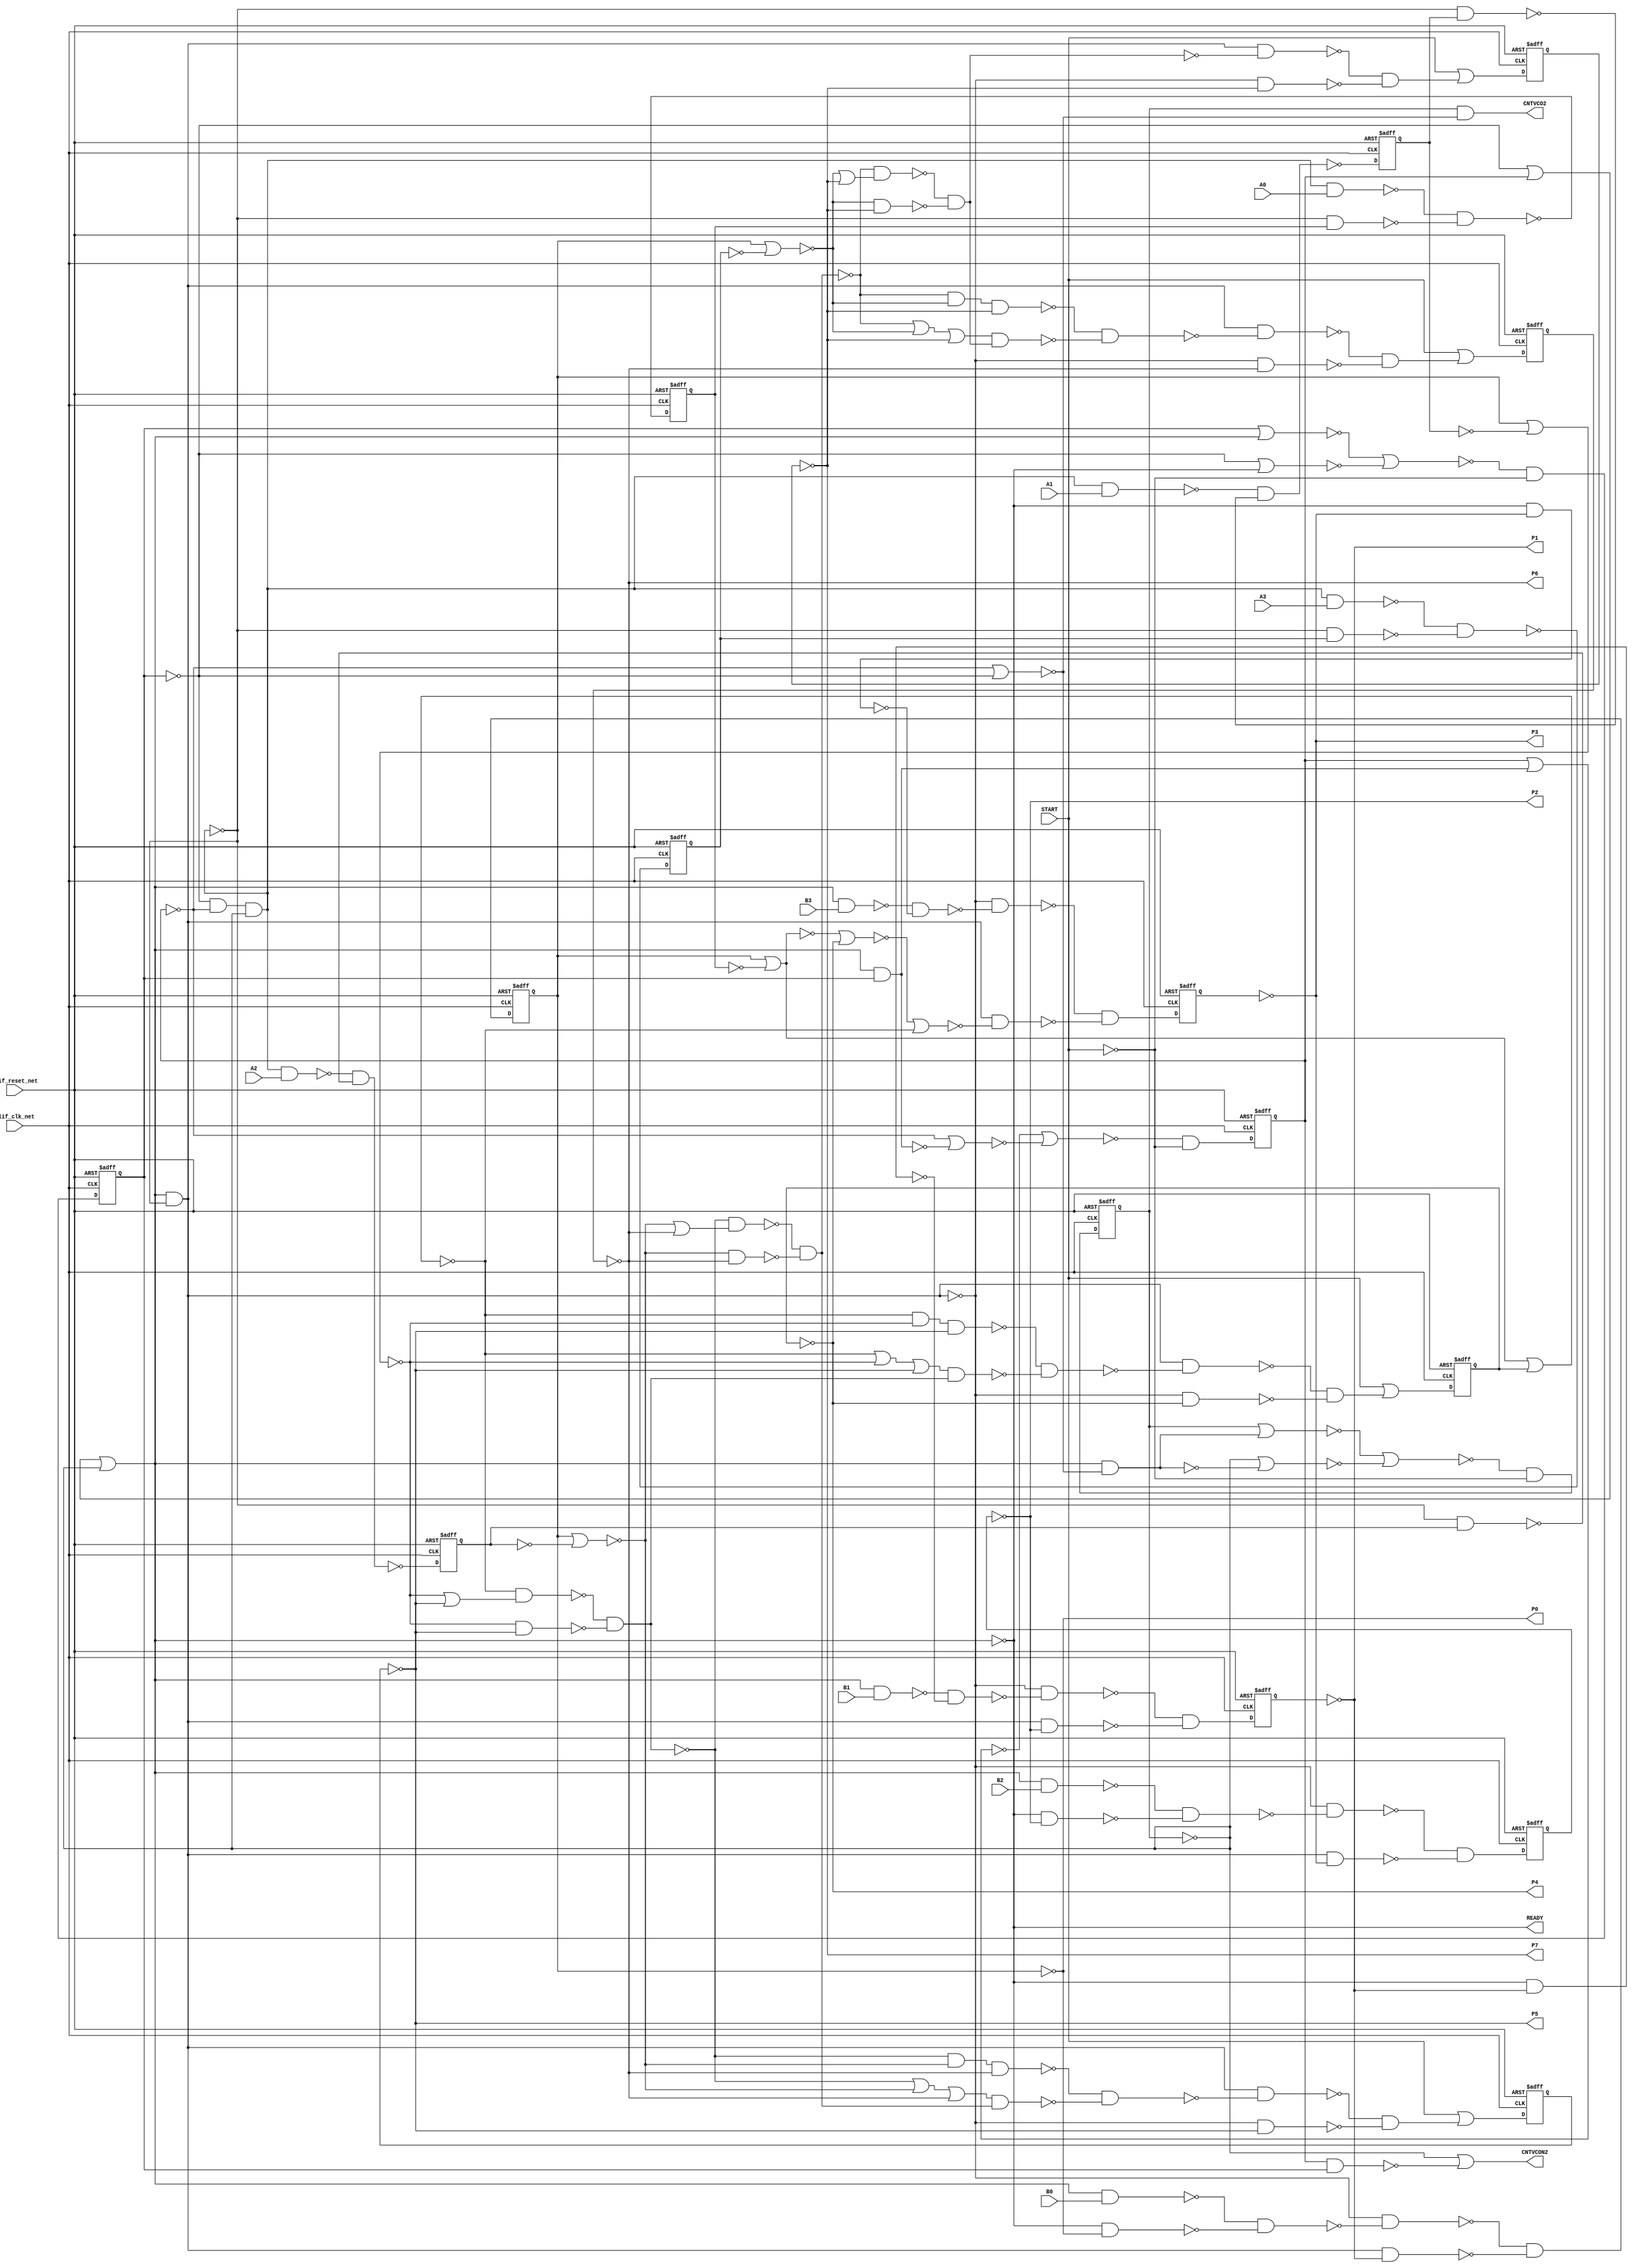
module s349_bench(
  blif_clk_net,
  blif_reset_net,
  START,
  B0,
  B1,
  B2,
  B3,
  A0,
  A1,
  A2,
  A3,
  CNTVCO2,
  CNTVCON2,
  READY,
  P0,
  P1,
  P2,
  P3,
  P4,
  P5,
  P6,
  P7);
input blif_clk_net;
input blif_reset_net;
input START;
input B0;
input B1;
input B2;
input B3;
input A0;
input A1;
input A2;
input A3;
output CNTVCO2;
output CNTVCON2;
output READY;
output P0;
output P1;
output P2;
output P3;
output P4;
output P5;
output P6;
output P7;
reg CT2;
reg CT1;
reg CT0;
reg ACVQN3;
reg ACVQN2;
reg ACVQN1;
reg ACVQN0;
reg MRVQN3;
reg MRVQN2;
reg MRVQN1;
reg MRVQN0;
reg AX3;
reg AX2;
reg AX1;
reg AX0;
wire ADDVG2VSN;
wire BMVG4VS0P;
wire SMVG4VX;
wire S0;
wire SMVG3VG1VAD1NF;
wire AMVG3VG1VAD2NF;
wire AMVG5VG1VAD2NF;
wire ADDVC3;
wire ADDVG2VCNVAD1NF;
wire MRVG2VD;
wire ACVG4VD1;
wire IINIIT;
wire BMVG4VX;
wire ADDVG4VCNVAD3NF;
wire ADDVG4VSN;
wire CNTVG2VG2VOR1NF;
wire ADDVG4VCNVOR1NF;
wire BMVG2VG1VAD2NF;
wire SMVG3VX;
wire AMVG4VS0P;
wire AMVG4VG1VAD1NF;
wire AMVG2VX;
wire SMVG5VG1VAD2NF;
wire AD3N;
wire MRVG3VD;
wire CNTVG1VG2VOR1NF;
wire AD0N;
wire CNTVG1VD;
wire AMVG2VG1VAD1NF;
wire ADDVC1;
wire CNTVCON1;
wire MRVG1VDVAD2NF;
wire BMVG3VX;
wire SMVG5VX;
wire ADDVG2VCNVAD4NF;
wire ADDVG4VCNVAD1NF;
wire ADDVG1VPVOR1NF;
wire ADDVG2VCNVOR1NF;
wire AMVG2VS0P;
wire SMVG5VS0P;
wire AM2;
wire SM1;
wire SM0;
wire CNTVG2VZ1;
wire BMVG5VG1VAD2NF;
wire BM0;
wire SMVG2VS0P;
wire BMVG3VS0P;
wire AMVG5VG1VAD1NF;
wire AMVG2VG1VAD2NF;
wire SMVG4VG1VAD2NF;
wire ADDVG1VP;
wire ADDVG3VCNVAD3NF;
wire AMVG4VX;
wire AMVG5VS0P;
wire MRVG3VDVAD2NF;
wire MRVSHLDN;
wire AD1;
wire ADDVG3VCNVAD2NF;
wire AMVG3VX;
wire AMVG3VG1VAD1NF;
wire AD3;
wire BMVG2VS0P;
wire SM2;
wire BM3;
wire SMVG2VX;
wire ADDVG2VCNVAD3NF;
wire MRVG4VDVAD1NF;
wire ACVG2VD1;
wire BMVG4VG1VAD1NF;
wire SMVG2VG1VAD1NF;
wire BMVG5VX;
wire ADDVG4VCNVOR2NF;
wire SMVS0N;
wire CNTVG3VD;
wire CNTVG3VZ;
wire S1;
wire ADDVG3VCNVAD1NF;
wire AD2N;
wire CNTVG2VZ;
wire BMVG2VX;
wire AMVG5VX;
wire ADDVC2;
wire ADDVG1VCN;
wire AD2;
wire AM3;
wire CNTVG3VZ1;
wire AM0;
wire CNTVG1VZ1;
wire CNTVG2VD1;
wire ACVPCN;
wire SMVG5VG1VAD1NF;
wire S3;
wire ADDVG3VCN;
wire AD1N;
wire CNTVG3VG2VOR1NF;
wire CNTVG2VD;
wire SMVG3VS0P;
wire MRVG2VDVAD1NF;
wire CNTVG3VD1;
wire AMVS0N;
wire CNTVG1VQN;
wire CO;
wire CNTVCO0;
wire BMVG3VG1VAD2NF;
wire ADDVG3VCNVOR1NF;
wire BMVG4VG1VAD2NF;
wire SMVG2VG1VAD2NF;
wire MRVG4VDVAD2NF;
wire ADDVG3VCNVAD4NF;
wire ADDVG4VCNVAD2NF;
wire BMVG5VG1VAD1NF;
wire SMVG3VG1VAD2NF;
wire ADDVG4VCN;
wire BMVG3VG1VAD1NF;
wire AD0;
wire CNTVCON0;
wire CNTVG1VD1;
wire ADDVG3VSN;
wire MRVG2VDVAD2NF;
wire MRVG3VDVAD1NF;
wire CNTVG2VQN;
wire CNTVCO1;
wire CNTVG1VZ;
wire SMVG4VG1VAD1NF;
wire BM1;
wire ADDVG3VCNVOR2NF;
wire READYN;
wire SMVG4VS0P;
wire ADDVG2VCNVOR2NF;
wire ACVG1VD1;
wire CNTVG3VQN;
wire ADDVG2VCN;
wire BMVS0N;
wire MRVG4VD;
wire S2;
wire AMVG4VG1VAD2NF;
wire MRVG1VD;
wire AMVG3VS0P;
wire ADDVG4VCNVAD4NF;
wire ADDVG2VCNVAD2NF;
wire SM3;
wire BMVG5VS0P;
wire MRVG1VDVAD1NF;
wire CT1N;
wire AM1;
wire ACVG3VD1;
wire ADSH;
wire BM2;
wire BMVG2VG1VAD1NF;
always @(posedge blif_clk_net or posedge blif_reset_net)
  if(blif_reset_net == 1)
    CT2 <= 0;
  else
    CT2 <= CNTVG3VD;
always @(posedge blif_clk_net or posedge blif_reset_net)
  if(blif_reset_net == 1)
    CT1 <= 0;
  else
    CT1 <= CNTVG2VD;
always @(posedge blif_clk_net or posedge blif_reset_net)
  if(blif_reset_net == 1)
    CT0 <= 0;
  else
    CT0 <= CNTVG1VD;
always @(posedge blif_clk_net or posedge blif_reset_net)
  if(blif_reset_net == 1)
    ACVQN3 <= 0;
  else
    ACVQN3 <= ACVG4VD1;
always @(posedge blif_clk_net or posedge blif_reset_net)
  if(blif_reset_net == 1)
    ACVQN2 <= 0;
  else
    ACVQN2 <= ACVG3VD1;
always @(posedge blif_clk_net or posedge blif_reset_net)
  if(blif_reset_net == 1)
    ACVQN1 <= 0;
  else
    ACVQN1 <= ACVG2VD1;
always @(posedge blif_clk_net or posedge blif_reset_net)
  if(blif_reset_net == 1)
    ACVQN0 <= 0;
  else
    ACVQN0 <= ACVG1VD1;
always @(posedge blif_clk_net or posedge blif_reset_net)
  if(blif_reset_net == 1)
    MRVQN3 <= 0;
  else
    MRVQN3 <= MRVG4VD;
always @(posedge blif_clk_net or posedge blif_reset_net)
  if(blif_reset_net == 1)
    MRVQN2 <= 0;
  else
    MRVQN2 <= MRVG3VD;
always @(posedge blif_clk_net or posedge blif_reset_net)
  if(blif_reset_net == 1)
    MRVQN1 <= 0;
  else
    MRVQN1 <= MRVG2VD;
always @(posedge blif_clk_net or posedge blif_reset_net)
  if(blif_reset_net == 1)
    MRVQN0 <= 0;
  else
    MRVQN0 <= MRVG1VD;
always @(posedge blif_clk_net or posedge blif_reset_net)
  if(blif_reset_net == 1)
    AX3 <= 0;
  else
    AX3 <= AM3;
always @(posedge blif_clk_net or posedge blif_reset_net)
  if(blif_reset_net == 1)
    AX2 <= 0;
  else
    AX2 <= AM2;
always @(posedge blif_clk_net or posedge blif_reset_net)
  if(blif_reset_net == 1)
    AX1 <= 0;
  else
    AX1 <= AM1;
always @(posedge blif_clk_net or posedge blif_reset_net)
  if(blif_reset_net == 1)
    AX0 <= 0;
  else
    AX0 <= AM0;
assign ADDVG2VSN = ((~ADDVG2VCNVAD4NF)&(~ADDVG2VCNVAD3NF));
assign BMVG4VS0P = ((~BMVS0N));
assign SMVG4VX = ((~SMVG4VG1VAD2NF)&(~SMVG4VG1VAD1NF));
assign S0 = ((~ADDVG1VP));
assign SMVG3VG1VAD1NF = (SMVS0N&P5);
assign AMVG3VG1VAD2NF = (AMVG3VS0P&A1);
assign AMVG5VG1VAD2NF = (AMVG5VS0P&A3);
assign ADDVC3 = ((~ADDVG3VCN));
assign P3 = ((~MRVQN3));
assign ADDVG2VCNVAD1NF = (AD1&P5);
assign MRVG2VD = ((~MRVG2VDVAD2NF)&(~MRVG2VDVAD1NF));
assign ACVG4VD1 = ((~ACVPCN))|((~SM3));
assign IINIIT = ((~CT0)&(~CT1)&(~CT2));
assign BMVG4VX = ((~BMVG4VG1VAD2NF)&(~BMVG4VG1VAD1NF));
assign P5 = ((~ACVQN1));
assign ADDVG4VCNVAD3NF = (ADDVG4VCNVOR2NF&ADDVG4VCN);
assign ADDVG4VSN = ((~ADDVG4VCNVAD4NF)&(~ADDVG4VCNVAD3NF));
assign CNTVG2VG2VOR1NF = (CT1)|(CNTVG2VD1);
assign BMVG2VG1VAD2NF = (BMVG2VS0P&B0);
assign ADDVG4VCNVOR1NF = (AD3)|(P7);
assign SMVG3VX = ((~SMVG3VG1VAD2NF)&(~SMVG3VG1VAD1NF));
assign AMVG4VS0P = ((~AMVS0N));
assign AMVG4VG1VAD1NF = (AMVS0N&AX2);
assign AMVG2VX = ((~AMVG2VG1VAD2NF)&(~AMVG2VG1VAD1NF));
assign P1 = ((~MRVQN1));
assign SMVG5VG1VAD2NF = (SMVG5VS0P&CO);
assign AD3N = ((~P0))|((~AX3));
assign MRVG3VD = ((~MRVG3VDVAD2NF)&(~MRVG3VDVAD1NF));
assign CNTVG1VG2VOR1NF = (CT0)|(CNTVG1VD1);
assign AD0N = ((~P0))|((~AX0));
assign CNTVG1VD = ((~CNTVG1VZ)&(~START));
assign CNTVCON1 = ((~CT1))|((~CNTVCO0));
assign AMVG2VG1VAD1NF = (AMVS0N&AX0);
assign ADDVC1 = ((~ADDVG1VCN));
assign MRVG1VDVAD2NF = (MRVSHLDN&BM0);
assign BMVG3VX = ((~BMVG3VG1VAD2NF)&(~BMVG3VG1VAD1NF));
assign SMVG5VX = ((~SMVG5VG1VAD2NF)&(~SMVG5VG1VAD1NF));
assign ADDVG2VCNVAD4NF = (ADDVC1&AD1&P5);
assign ADDVG4VCNVAD1NF = (AD3&P7);
assign ADDVG1VPVOR1NF = (AD0)|(P4);
assign ADDVG2VCNVOR1NF = (AD1)|(P5);
assign AMVG2VS0P = ((~AMVS0N));
assign SMVG5VS0P = ((~SMVS0N));
assign AM2 = ((~AMVG4VX));
assign SM0 = ((~SMVG2VX));
assign SM1 = ((~SMVG3VX));
assign CNTVG2VZ1 = ((~CT1))|((~CNTVG2VD1));
assign BMVG5VG1VAD2NF = (BMVG5VS0P&B3);
assign BM0 = ((~BMVG2VX));
assign SMVG2VS0P = ((~SMVS0N));
assign BMVG3VS0P = ((~BMVS0N));
assign AMVG5VG1VAD1NF = (AMVS0N&AX3);
assign AMVG2VG1VAD2NF = (AMVG2VS0P&A0);
assign SMVG4VG1VAD2NF = (SMVG4VS0P&S3);
assign ADDVG1VP = ((~ADDVG1VPVOR1NF))|((~ADDVG1VCN));
assign ADDVG3VCNVAD3NF = (ADDVG3VCNVOR2NF&ADDVG3VCN);
assign AMVG4VX = ((~AMVG4VG1VAD2NF)&(~AMVG4VG1VAD1NF));
assign AMVG5VS0P = ((~AMVS0N));
assign MRVG3VDVAD2NF = (MRVSHLDN&BM2);
assign MRVSHLDN = ((~ADSH));
assign ADDVG3VCNVAD2NF = (ADDVC2&ADDVG3VCNVOR1NF);
assign AMVG3VX = ((~AMVG3VG1VAD2NF)&(~AMVG3VG1VAD1NF));
assign AD1 = ((~AD1N));
assign AMVG3VG1VAD1NF = (AMVS0N&AX1);
assign AD3 = ((~AD3N));
assign BMVG2VS0P = ((~BMVS0N));
assign SM2 = ((~SMVG4VX));
assign MRVG4VDVAD1NF = (ADSH&S0);
assign ADDVG2VCNVAD3NF = (ADDVG2VCNVOR2NF&ADDVG2VCN);
assign BM3 = ((~BMVG5VX));
assign SMVG2VX = ((~SMVG2VG1VAD2NF)&(~SMVG2VG1VAD1NF));
assign ACVG2VD1 = ((~ACVPCN))|((~SM1));
assign BMVG4VG1VAD1NF = (BMVS0N&P2);
assign SMVG2VG1VAD1NF = (SMVS0N&P4);
assign BMVG5VX = ((~BMVG5VG1VAD2NF)&(~BMVG5VG1VAD1NF));
assign ADDVG4VCNVOR2NF = (ADDVC3)|(AD3)|(P7);
assign SMVS0N = ((~ADSH));
assign CNTVG3VZ = ((~CNTVG3VG2VOR1NF))|((~CNTVG3VZ1));
assign CNTVG3VD = ((~CNTVG3VZ)&(~START));
assign S1 = ((~ADDVG2VSN));
assign P2 = ((~MRVQN2));
assign AD2N = ((~P0))|((~AX2));
assign ADDVG3VCNVAD1NF = (AD2&P6);
assign CNTVG2VZ = ((~CNTVG2VG2VOR1NF))|((~CNTVG2VZ1));
assign BMVG2VX = ((~BMVG2VG1VAD2NF)&(~BMVG2VG1VAD1NF));
assign AMVG5VX = ((~AMVG5VG1VAD2NF)&(~AMVG5VG1VAD1NF));
assign ADDVC2 = ((~ADDVG2VCN));
assign ADDVG1VCN = ((~AD0))|((~P4));
assign AD2 = ((~AD2N));
assign AM3 = ((~AMVG5VX));
assign P7 = ((~ACVQN3));
assign CNTVG3VZ1 = ((~CT2))|((~CNTVG3VD1));
assign AM0 = ((~AMVG2VX));
assign CNTVG1VZ1 = ((~CT0))|((~CNTVG1VD1));
assign CNTVG2VD1 = ((~READY)&(~CNTVCON0));
assign ACVPCN = ((~START));
assign SMVG5VG1VAD1NF = (SMVS0N&P7);
assign P4 = ((~ACVQN0));
assign S3 = ((~ADDVG4VSN));
assign ADDVG3VCN = ((~ADDVG3VCNVAD2NF)&(~ADDVG3VCNVAD1NF));
assign AD1N = ((~P0))|((~AX1));
assign P0 = ((~MRVQN0));
assign CNTVG3VG2VOR1NF = (CT2)|(CNTVG3VD1);
assign CNTVG2VD = ((~CNTVG2VZ)&(~START));
assign P6 = ((~ACVQN2));
assign SMVG3VS0P = ((~SMVS0N));
assign MRVG2VDVAD1NF = (ADSH&P2);
assign CNTVG3VD1 = ((~READY)&(~CNTVCON1));
assign CNTVG1VQN = ((~CT0));
assign CNTVCON2 = ((~CT2))|((~CNTVCO1));
assign CO = ((~ADDVG4VCN));
assign AMVS0N = ((~IINIIT));
assign CNTVCO0 = ((~CNTVG1VQN));
assign BMVG3VG1VAD2NF = (BMVG3VS0P&B1);
assign ADDVG3VCNVOR1NF = (AD2)|(P6);
assign BMVG4VG1VAD2NF = (BMVG4VS0P&B2);
assign CNTVCO2 = ((~CNTVG3VQN)&(~CNTVCON1));
assign SMVG2VG1VAD2NF = (SMVG2VS0P&S1);
assign MRVG4VDVAD2NF = (MRVSHLDN&BM3);
assign ADDVG3VCNVAD4NF = (ADDVC2&AD2&P6);
assign ADDVG4VCNVAD2NF = (ADDVC3&ADDVG4VCNVOR1NF);
assign BMVG5VG1VAD1NF = (BMVS0N&P3);
assign ADDVG4VCN = ((~ADDVG4VCNVAD2NF)&(~ADDVG4VCNVAD1NF));
assign SMVG3VG1VAD2NF = (SMVG3VS0P&S2);
assign BMVG3VG1VAD1NF = (BMVS0N&P1);
assign AD0 = ((~AD0N));
assign CNTVCON0 = ((~CT0));
assign ADDVG3VSN = ((~ADDVG3VCNVAD4NF)&(~ADDVG3VCNVAD3NF));
assign CNTVG1VD1 = ((~READY));
assign MRVG2VDVAD2NF = (MRVSHLDN&BM1);
assign MRVG3VDVAD1NF = (ADSH&P3);
assign CNTVG2VQN = ((~CT1));
assign CNTVCO1 = ((~CNTVG2VQN)&(~CNTVCON0));
assign CNTVG1VZ = ((~CNTVG1VG2VOR1NF))|((~CNTVG1VZ1));
assign SMVG4VG1VAD1NF = (SMVS0N&P6);
assign BM1 = ((~BMVG3VX));
assign ADDVG3VCNVOR2NF = (ADDVC2)|(AD2)|(P6);
assign READYN = ((~CT0))|((~CT1N))|((~CT2));
assign SMVG4VS0P = ((~SMVS0N));
assign ADDVG2VCNVOR2NF = (ADDVC1)|(AD1)|(P5);
assign ACVG1VD1 = ((~ACVPCN))|((~SM0));
assign ADDVG2VCN = ((~ADDVG2VCNVAD2NF)&(~ADDVG2VCNVAD1NF));
assign CNTVG3VQN = ((~CT2));
assign S2 = ((~ADDVG3VSN));
assign MRVG4VD = ((~MRVG4VDVAD2NF)&(~MRVG4VDVAD1NF));
assign BMVS0N = ((~READYN));
assign AMVG4VG1VAD2NF = (AMVG4VS0P&A2);
assign MRVG1VD = ((~MRVG1VDVAD2NF)&(~MRVG1VDVAD1NF));
assign AMVG3VS0P = ((~AMVS0N));
assign ADDVG4VCNVAD4NF = (ADDVC3&AD3&P7);
assign ADDVG2VCNVAD2NF = (ADDVC1&ADDVG2VCNVOR1NF);
assign SM3 = ((~SMVG5VX));
assign MRVG1VDVAD1NF = (ADSH&P1);
assign CT1N = ((~CT1));
assign BMVG5VS0P = ((~BMVS0N));
assign ACVG3VD1 = ((~ACVPCN))|((~SM2));
assign AM1 = ((~AMVG3VX));
assign READY = ((~READYN));
assign ADSH = ((~READY)&(~IINIIT));
assign BM2 = ((~BMVG4VX));
assign BMVG2VG1VAD1NF = (BMVS0N&P0);
endmodule